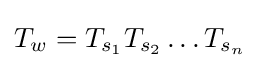
T_{w}=T_{s_{1}}T_{s_{2}}\ldots T_{s_{n}}